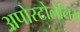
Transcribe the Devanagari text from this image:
अपोस्टोलेलिस